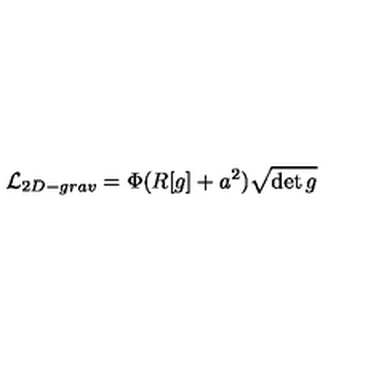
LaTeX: { \cal L } _ { 2 D - g r a v } = \Phi ( R [ g ] + a ^ { 2 } ) \sqrt { \det g }